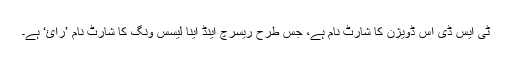
ٹی ایس ڈی اس ڈویژن کا شارٹ نام ہے، جس طرح ریسرچ اینڈ اینا لیسس وِنگ کا شارٹ نام ’رائ‘ ہے۔